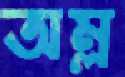
অম্ল